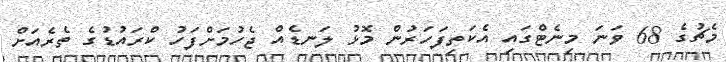
މެޗުގެ 68 ވަނަ މިނެޓްގައި އެކަތިފަހަރުން މޮޅު ލަނޑެއް ޖެހުމަށްފަހު ކްރައުޑުގެ ތެރެއަށް